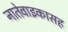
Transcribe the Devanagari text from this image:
नातेवाइकासह